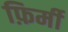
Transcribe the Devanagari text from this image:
फ़िर्मी